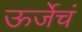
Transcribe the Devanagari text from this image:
ऊर्जेचं